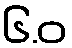
၆.ဝ